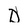
Character: D